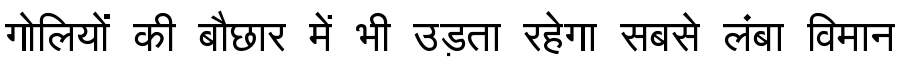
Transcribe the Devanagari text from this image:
गोलियों की बौछार में भी उड़ता रहेगा सबसे लंबा विमान